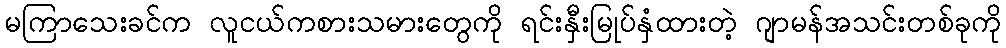
မကြာသေးခင်က လူငယ်ကစားသမားတွေကို ရင်းနှီးမြုပ်နှံထားတဲ့ ဂျာမန်အသင်းတစ်ခုကို